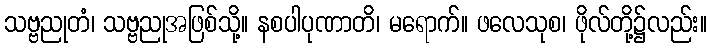
သဗ္ဗညုတံ၊ သဗ္ဗညုအဖြစ်သို့။ နစပါပုဏာတိ၊ မရောက်။ ဖလေသုစ၊ ဖိုလ်တို့၌လည်း။